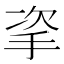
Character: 𢫴